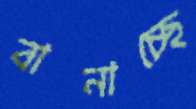
বানাচ্ছে